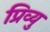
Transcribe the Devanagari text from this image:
प्रिव्यु